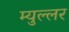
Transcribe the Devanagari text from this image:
म्युल्लर